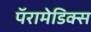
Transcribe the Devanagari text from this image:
पॅरामेडिक्स